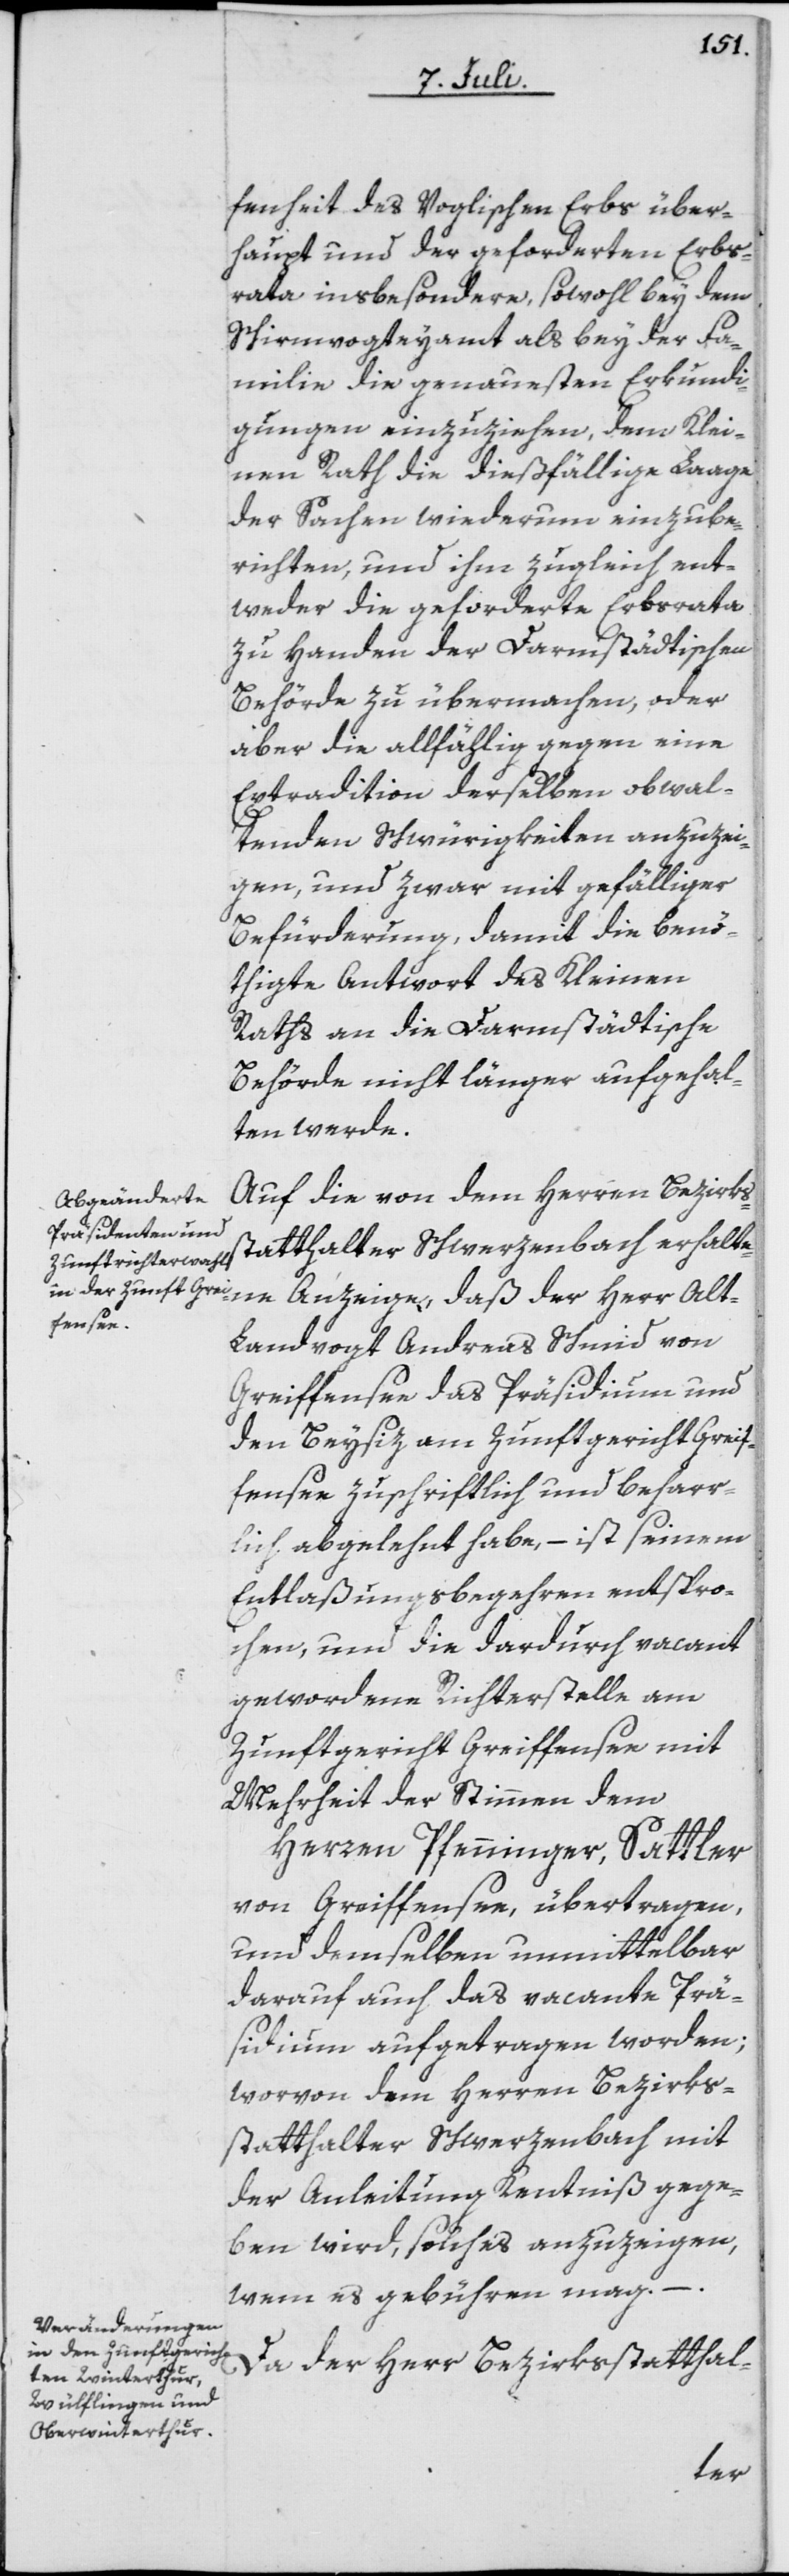
fenheit des Voglischen Erbs über¬
haupt und der geforderten Erbs¬
rata insbesondere, sowohl bey dem
Schirmvogteyamt als bey der Fa¬
milie die genauesten Erkundi¬
gungen einzuziehen, dem Klei¬
nen Rath die dießfällige Laage
der Sachen wiederum einzube¬
richten, und ihm zugleich ent¬
weder die geforderte Erbsrata
zu Handen der Darmstädtischen
Behörde zu übermachen, oder
aber die allfählig gegen eine
Extradition derselben obwal¬
tenden Schwürigkeiten anzuzei¬
gen, und zwar mit gefälliger
Befürderung, damit die benö¬
thigte Antwort des Kleinen
Raths an die Darmstädtische
Behörde nicht länger aufgehal¬
ten werde.
Auf die von dem Herren Bezirks¬
statthalter Schwerzenbach erhalte¬
ne Anzeige, daß der Herr Alt-L¬
andvogt Andreas Schmid von
Greiffensee das Präsidium und
den Beysiz am Zunftgericht Greif¬
fensee zuschriftlich und beharr¬
lich abgelehnt habe, – ist seinem
Entlaßungsbegehren entspro¬
chen, und die dardurch vacant
gewordene Richterstelle am
Zunftgericht Greiffensee mit
Mehrheit der Stimmen dem
Herren Pfenninger, Sattler
von Greiffensee, übertragen,
und demselben unmittelbar
darauf auch das vacante Prä¬
sidium aufgetragen worden;
worvon dem Herren Bezirks¬
statthalter Schwerzenbach mit
der Anleitung Kenntniß gege¬
ben wird, solches anzuzeigen,
wem es gebühren mag. – .
Da der Herr Bezirksstatthal-